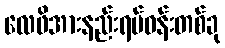
လေဖိအားနည်းရပ်ဝန်းတစ်ခု